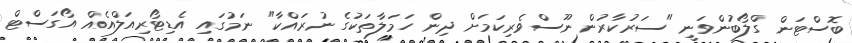
ބޮސްޓަން ގްލޯބުންވަނީ "ސަރުކާރުން ނޫސްވެރިކަމަށް ދިން ހަމަލާތަކުގެ ނުރައްކާ" ނަމުގައި އެޑިޓޯރިއަލްއެއް އޯގަސްޓް